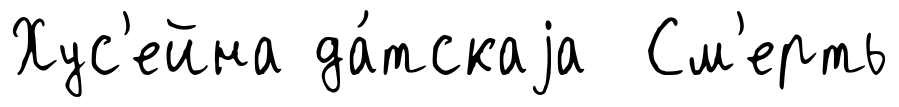
Хус'ейна да́тскаjа См'ерть